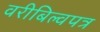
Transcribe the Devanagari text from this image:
वरीबिल्वपत्र